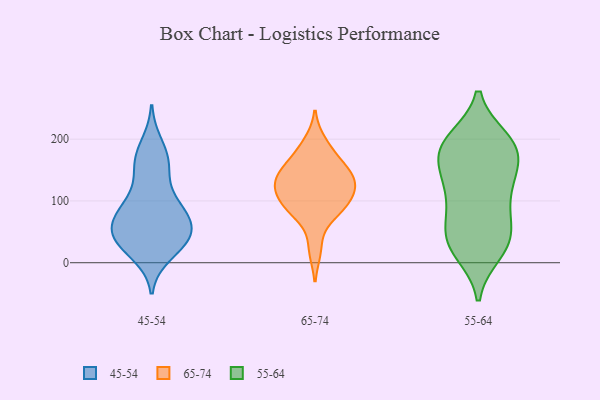
{"axis": {"x": "Net Income (USD K)", "y": "Value"}, "legend": ["45-54", "55-64", "65-74"], "data": [{"x": "", "y": 92, "type": "45-54"}, {"x": "", "y": 71, "type": "45-54"}, {"x": "", "y": 32, "type": "45-54"}, {"x": "", "y": 44, "type": "45-54"}, {"x": "", "y": 36, "type": "45-54"}, {"x": "", "y": 109, "type": "45-54"}, {"x": "", "y": 44, "type": "45-54"}, {"x": "", "y": 162, "type": "45-54"}, {"x": "", "y": 64, "type": "45-54"}, {"x": "", "y": 52, "type": "45-54"}, {"x": "", "y": 190, "type": "45-54"}, {"x": "", "y": 162, "type": "45-54"}, {"x": "", "y": 158, "type": "45-54"}, {"x": "", "y": 85, "type": "45-54"}, {"x": "", "y": 15, "type": "45-54"}, {"x": "", "y": 34, "type": "45-54"}, {"x": "", "y": 82, "type": "45-54"}, {"x": "", "y": 99, "type": "65-74"}, {"x": "", "y": 175, "type": "65-74"}, {"x": "", "y": 111, "type": "65-74"}, {"x": "", "y": 97, "type": "65-74"}, {"x": "", "y": 79, "type": "65-74"}, {"x": "", "y": 136, "type": "65-74"}, {"x": "", "y": 21, "type": "65-74"}, {"x": "", "y": 125, "type": "65-74"}, {"x": "", "y": 152, "type": "65-74"}, {"x": "", "y": 195, "type": "65-74"}, {"x": "", "y": 136, "type": "65-74"}, {"x": "", "y": 82, "type": "65-74"}, {"x": "", "y": 127, "type": "65-74"}, {"x": "", "y": 155, "type": "65-74"}, {"x": "", "y": 120, "type": "55-64"}, {"x": "", "y": 26, "type": "55-64"}, {"x": "", "y": 36, "type": "55-64"}, {"x": "", "y": 180, "type": "55-64"}, {"x": "", "y": 192, "type": "55-64"}, {"x": "", "y": 199, "type": "55-64"}, {"x": "", "y": 90, "type": "55-64"}, {"x": "", "y": 17, "type": "55-64"}, {"x": "", "y": 34, "type": "55-64"}, {"x": "", "y": 125, "type": "55-64"}, {"x": "", "y": 173, "type": "55-64"}, {"x": "", "y": 194, "type": "55-64"}, {"x": "", "y": 168, "type": "55-64"}, {"x": "", "y": 196, "type": "55-64"}, {"x": "", "y": 76, "type": "55-64"}, {"x": "", "y": 127, "type": "55-64"}, {"x": "", "y": 63, "type": "55-64"}, {"x": "", "y": 150, "type": "55-64"}, {"x": "", "y": 35, "type": "55-64"}]}